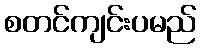
စတင်ကျင်းပမည်